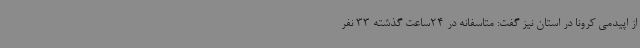
از اپیدمی کرونا در استان نیز گفت: متاسفانه در 24ساعت گذشته 33 نفر